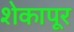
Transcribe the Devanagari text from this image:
शेकापूर